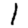
Digit: 1